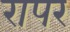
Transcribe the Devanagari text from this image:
रापर